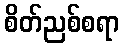
စိတ်ညစ်စရာ